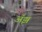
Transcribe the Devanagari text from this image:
अॅझ